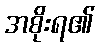
အစိုးရ၏